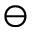
\ominus